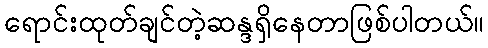
ရောင်းထုတ်ချင်တဲ့ဆန္ဒရှိနေတာဖြစ်ပါတယ်။